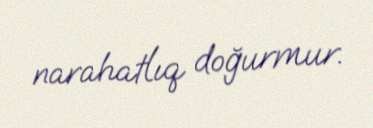
narahatlıq doğurmur.